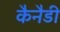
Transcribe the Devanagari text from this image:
कैनैडी